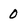
Character: 0